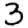
Digit: 3